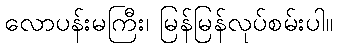
လောပန်းမကြီး၊ မြန်မြန်လုပ်စမ်းပါ။